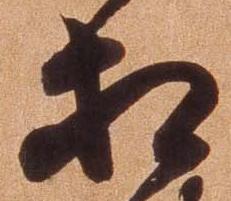
相